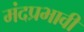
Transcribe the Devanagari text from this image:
मंदप्रभावी